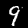
Digit: 9